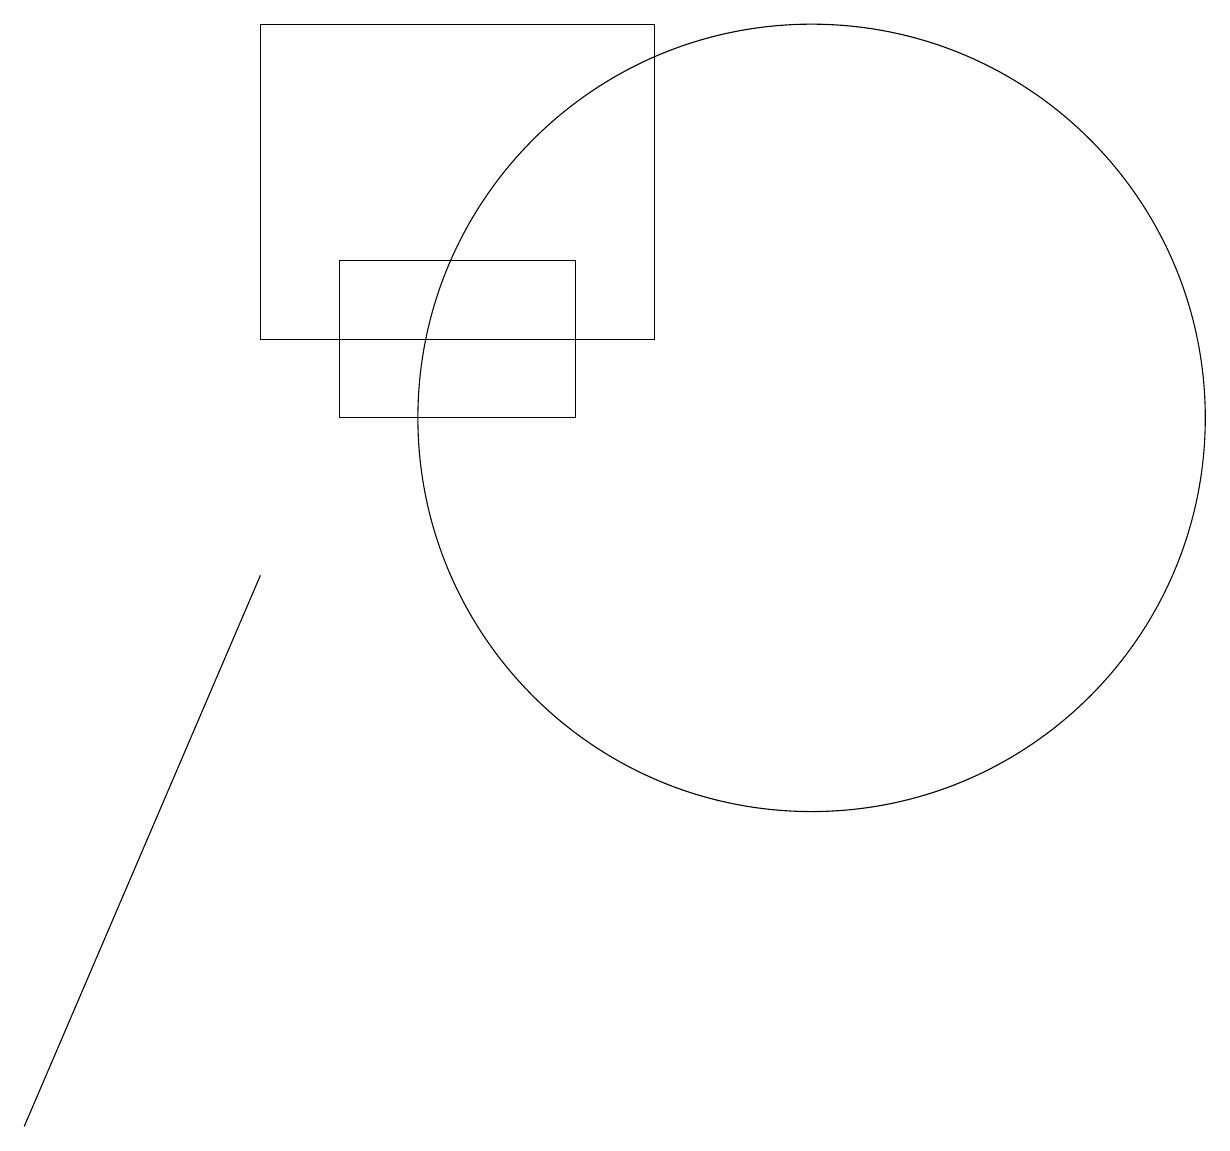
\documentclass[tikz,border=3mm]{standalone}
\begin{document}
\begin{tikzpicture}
\draw (7,11) rectangle (4,13);
\draw (10,11) circle (5);
\draw (3,9) -- (3,9) -- (0,2) -- cycle;
\draw (8,16) rectangle (3,12);
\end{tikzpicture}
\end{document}